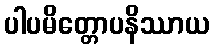
ပါပမိတ္တောပနိဿာယ